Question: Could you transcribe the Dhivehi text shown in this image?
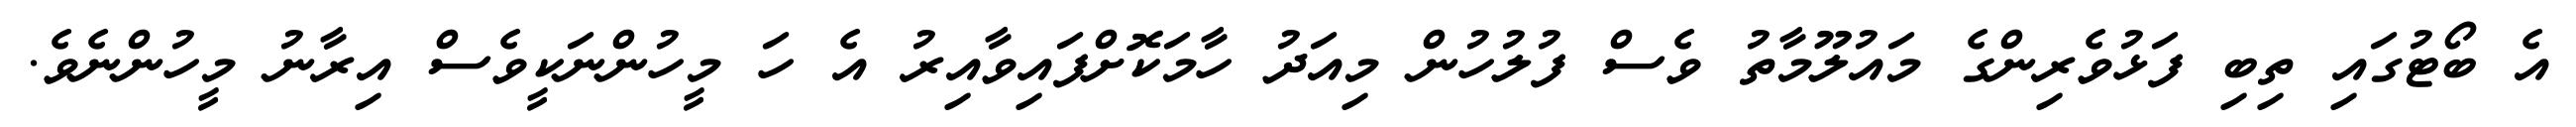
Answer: އެ ބޯޓުގައި ތިބި ފަޅުވެރިންގެ މައުލޫމާތު ވެސް ފުލުހުން މިއަދު ހާމަކޮށްފައިވާއިރު އެ ހަ މީހުންނަކީވެސް އިރާނު މީހުންނެވެ.